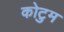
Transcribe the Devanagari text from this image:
कोटुम